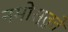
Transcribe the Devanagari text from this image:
नमोस्तुते